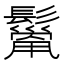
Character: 𩯓